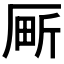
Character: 𫨍